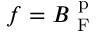
f = B _ { \mathrm { ~ F ~ } } ^ { \mathrm { ~ p ~ } }